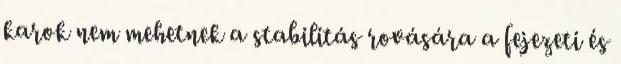
karok nem mehetnek a stabilitás rovására a fejezeti és